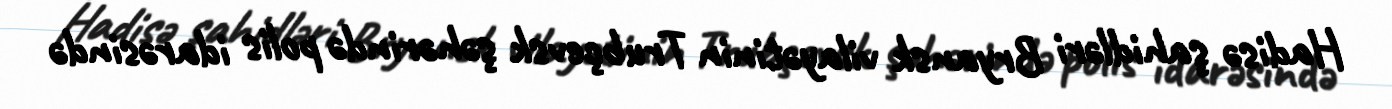
Hadisə şahidləri Bryansk vilayətinin Trubçevsk şəhərində polis idarəsində